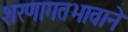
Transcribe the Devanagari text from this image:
शरणागतभावाने